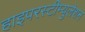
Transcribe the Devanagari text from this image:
हाइपरस्टीम्युलेशन